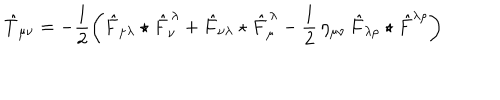
\hat { T } _ { \mu \nu } = - \frac { 1 } { 2 } \left( \hat { F } _ { \mu \lambda } \star \hat { F } _ { \nu } ^ { \, \lambda } + \hat { F } _ { \nu \lambda } \star \hat { F } _ { \mu } ^ { \, \lambda } - \frac { 1 } { 2 } \, \eta _ { \mu \nu } \, \hat { F } _ { \lambda \rho } \star \hat { F } ^ { \lambda \rho } \right)